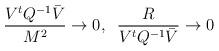
LaTeX: \begin{align*}\frac{V^t {Q}^{-1} \bar{V}}{M^2} \to 0,\;\; \frac{R}{V^t {Q}^{-1} \bar{V}} \to 0\end{align*}